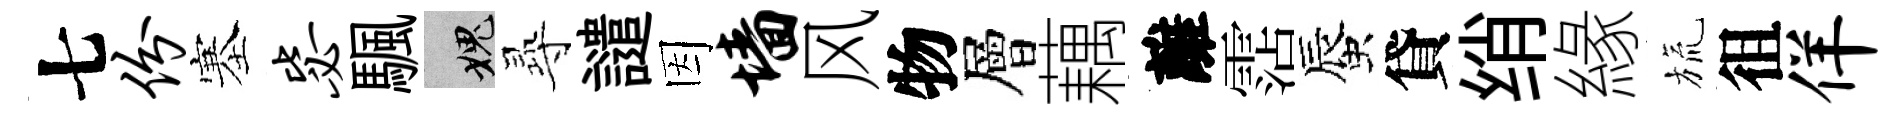
七份塞毖颿愧𡬶譴因墙风物層藕離霑蜃貸绡緣旒徂佯